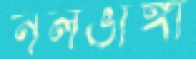
নলভাঙ্গা